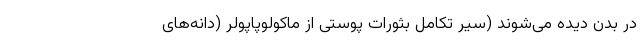
در بدن دیده می‌شوند (سیر تکامل بثورات پوستی از ماکولوپاپولر (دانه‌های